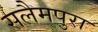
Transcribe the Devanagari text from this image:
सलैमपुरा